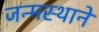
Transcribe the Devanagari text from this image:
जन्मस्थाने